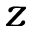
z